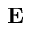
\mathbf { E }